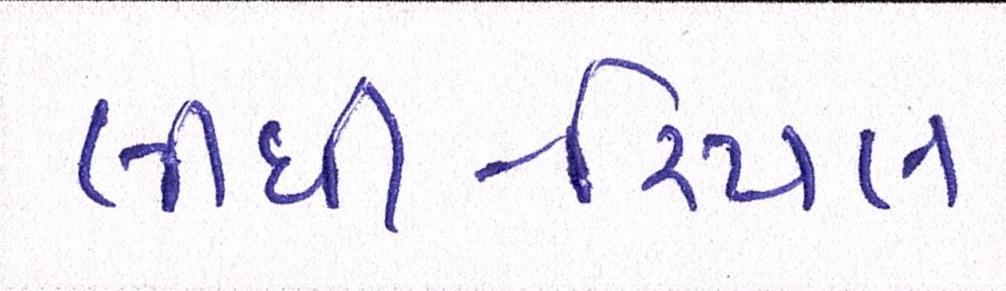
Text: લીધી-રિયલ